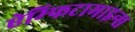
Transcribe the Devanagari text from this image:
ऐम्फिटामाइन्स